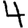
Digit: 4